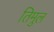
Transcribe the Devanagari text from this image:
तिमुल